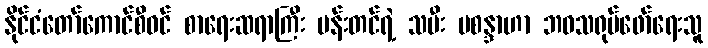
နိုင်ငံတော်ကောင်စီဝင် စာရေးဆရာကြီး မန်းတင်ရဲ့ သမီး မစန္ဒာဟာ ဘဝသရုပ်ဖော်ရေးသူ